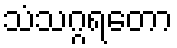
သံသဂ္ဂရတော